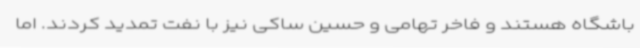
باشگاه هستند و فاخر تهامی و حسین ساکی نیز با نفت تمدید کردند. اما